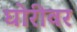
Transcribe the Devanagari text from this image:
घोरीवर